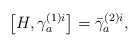
\begin{align*}\left[ H,\gamma _{a}^{(1)i}\right] =\bar{\gamma}_{a}^{(2)i}, \end{align*}